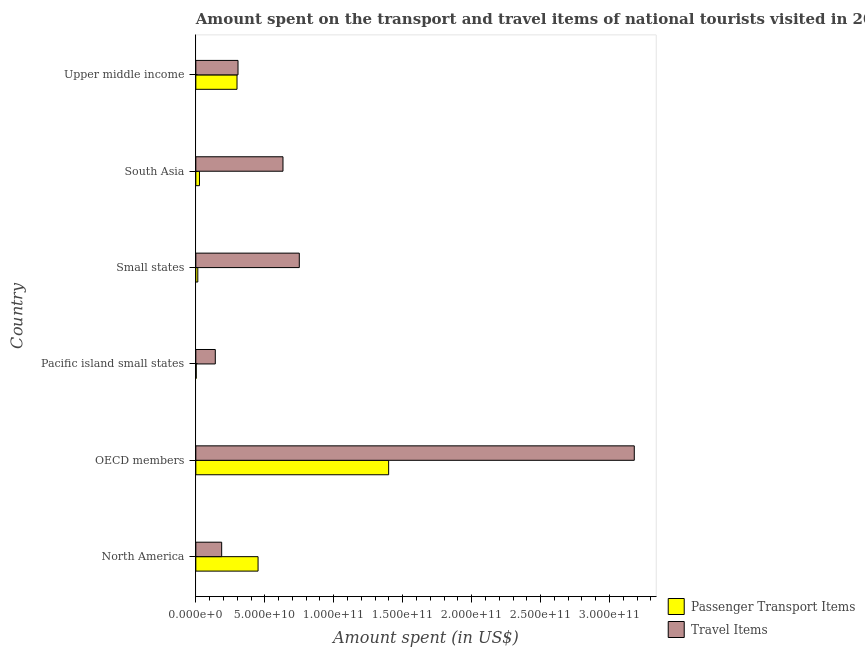
| Country | Passenger Transport Items | Travel Items |
 | --- | --- | --- |
 | North America | 4.51e+10 | 1.87e+10 |
 | OECD members | 1.4e+11 | 3.18e+11 |
 | Pacific island small states | 2.99e+08 | 1.41e+10 |
 | Small states | 1.43e+09 | 7.5e+10 |
 | South Asia | 2.64e+09 | 6.32e+10 |
 | Upper middle income | 2.99e+10 | 3.06e+10 |